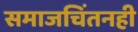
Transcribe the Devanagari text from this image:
समाजचिंतनही